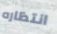
انتظاره